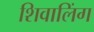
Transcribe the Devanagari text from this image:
शिवालिंग